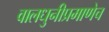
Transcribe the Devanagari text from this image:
वालधुनीप्रमाणेच